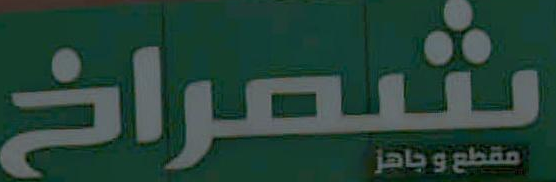
شمراخ